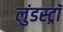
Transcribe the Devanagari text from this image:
लुंडस्ट्राॅ